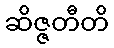
ဆိဇ္ဇတီတိ